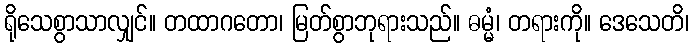
ရိုသေစွာသာလျှင်။ တထာဂတော၊ မြတ်စွာဘုရားသည်။ ဓမ္မံ၊ တရားကို။ ဒေသေတိ၊